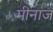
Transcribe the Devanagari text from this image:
मीनाज